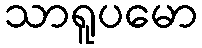
သာရူပမော